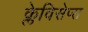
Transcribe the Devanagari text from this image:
क्लेविसेप्स